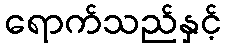
ရောက်သည်နှင့်